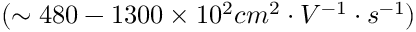
( \sim 4 8 0 - 1 3 0 0 \times 1 0 ^ { 2 } c m ^ { 2 } \cdot V ^ { - 1 } \cdot s ^ { - 1 } )